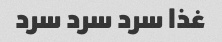
غذا سرد سرد سرد